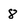
Character: 8